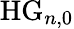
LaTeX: \mathrm{HG}_{n,0}